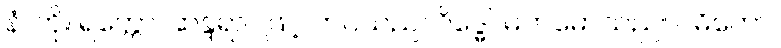
နံ၊ ကို။ ရတ္တော၊ ဆန္ဒရာဂဖြင့် တပ်သည်။ ဂိဒ္ဓေါ၊ မက်မောသည်။ ဂဓိတော၊